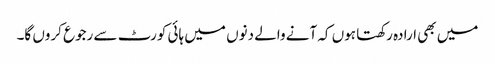
میں بھی ارادہ رکھتا ہوں کہ آنے والے دنوں میں ہائی کورٹ سے رجوع کروں گا۔